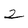
Character: 2